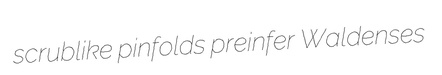
scrublike pinfolds preinfer Waldenses